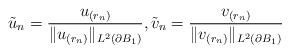
LaTeX: \begin{align*}\tilde u_{n}= \frac{u_{(r_n)}}{\|u_{(r_n)}\|_{L^2(\partial B_1)}},\tilde v_{n}= \frac{v_{(r_n)}}{\|v_{(r_n)}\|_{L^2(\partial B_1)}}\end{align*}